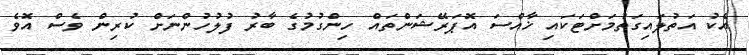
އެކު އަތުލައިގަތުމަށްޓަކައި ޚާއްސަ އޮޕަރޭޝަންތައް ހިންގުމުގެ ބާރު ފުލުހުންނަށް ކުރިން ވެސް އޮވެ